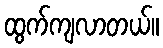
ထွက်ကျလာတယ်။